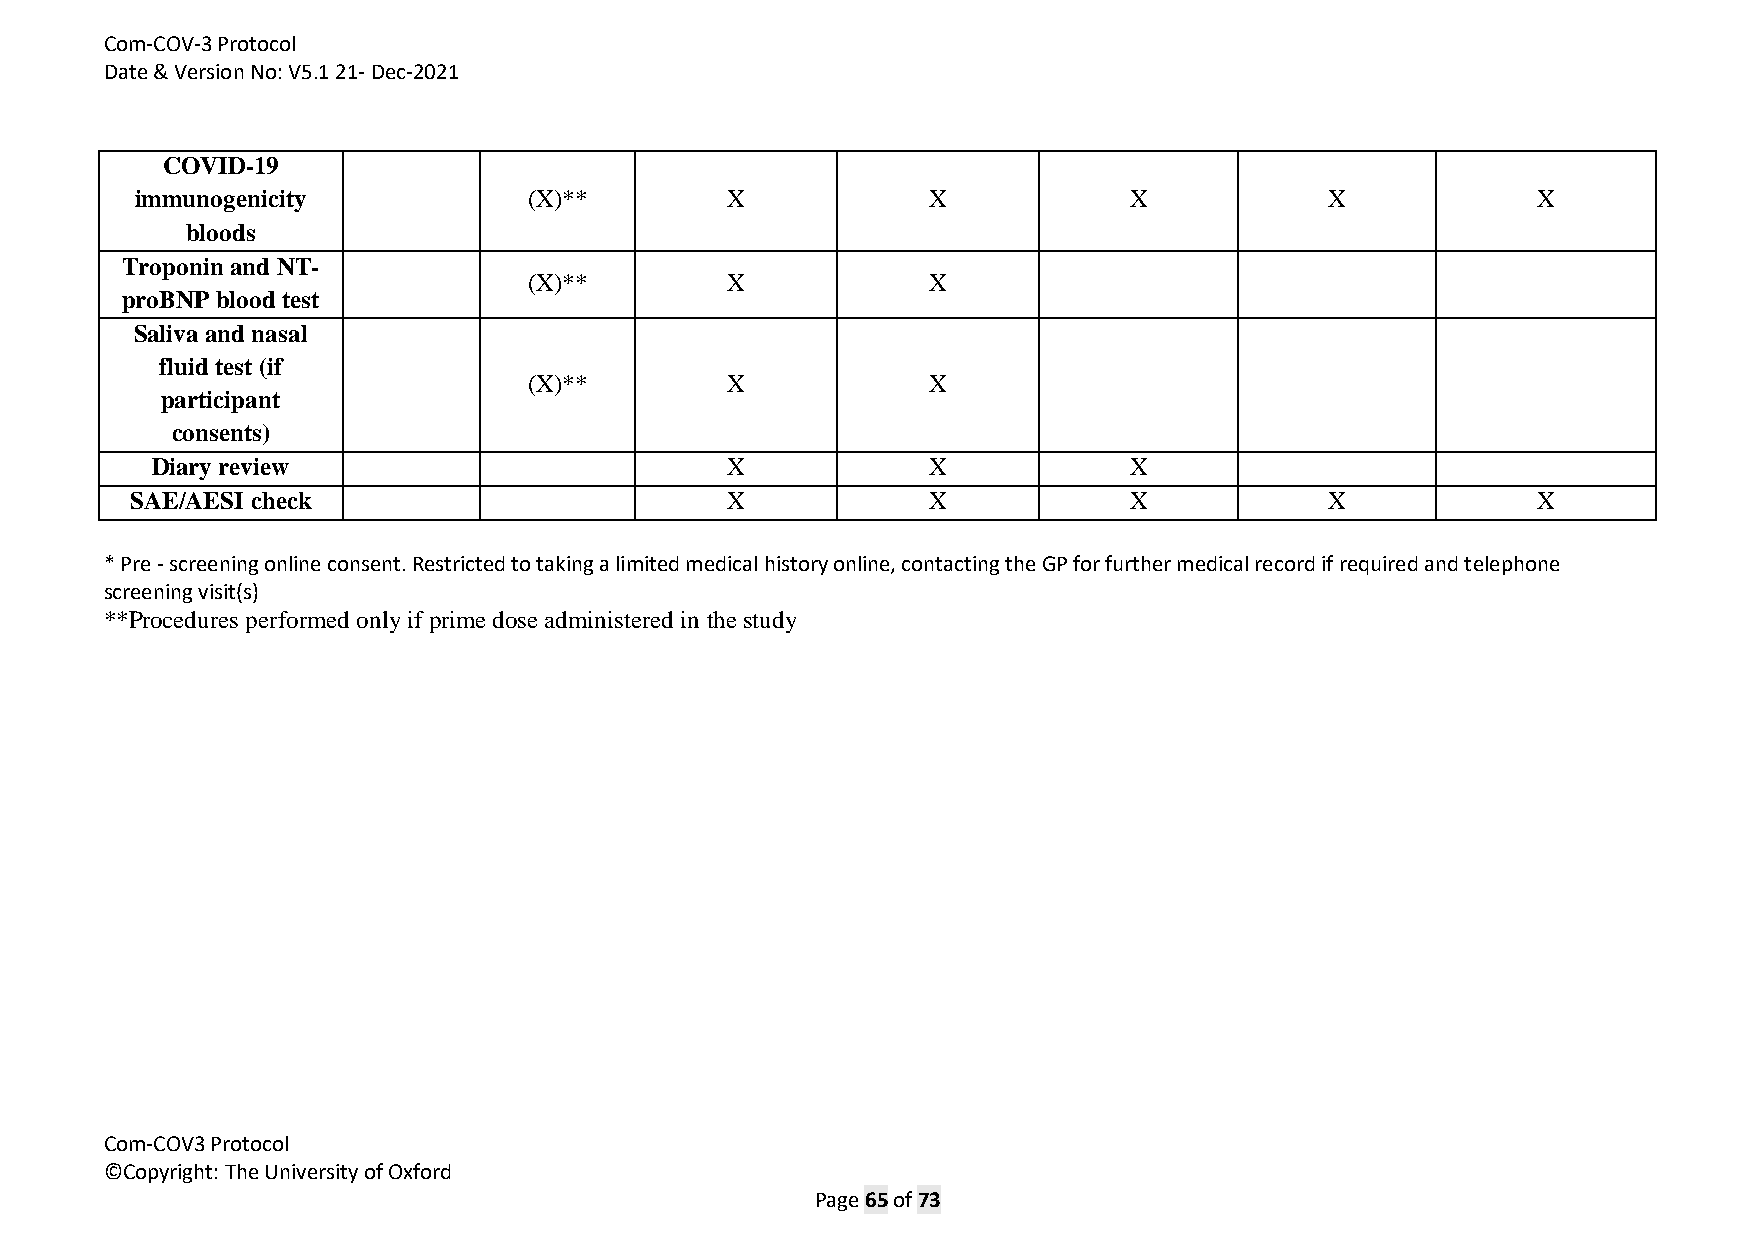
Com-COV-3 Protocol
 Date & Version No: V5.1 21- Dec-2021
 COVID-19
 immunogenicity            (X)**        X            X             X            X             X
 bloods
 Troponin and NT-
 (X)**        X            X
 proBNP blood test
 Saliva and nasal
 fluid test (if
 (X)**        X            X
 participant
 consents)
 Diary review                          X            X             X
 SAE/AESI check                         X            X             X            X             X
 * Pre - screening online consent. Restricted to taking a limited medical history online, contacting the GP for further medical record if required and telephone
 screening visit(s)
 **Procedures performed only if prime dose administered in the study
 Com-COV3 Protocol
 ©Copyright: The University of Oxford
 Page 65 of 73